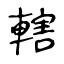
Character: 轄